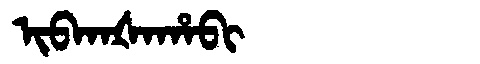
Manchu: ᡳᠪᡴᠠᡧᠠᡥᠠᠪᡳ
Romanization: IBKAŠAHABI